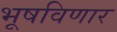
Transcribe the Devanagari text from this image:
भूषविणार